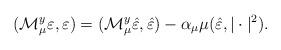
LaTeX: \begin{align*}({\mathcal{M}_\mu^y}\varepsilon,\varepsilon)&=({\mathcal{M}_\mu^y}\hat{\varepsilon},\hat{\varepsilon})-\alpha_\mu\mu(\hat{\varepsilon},|\cdot|^2).\end{align*}